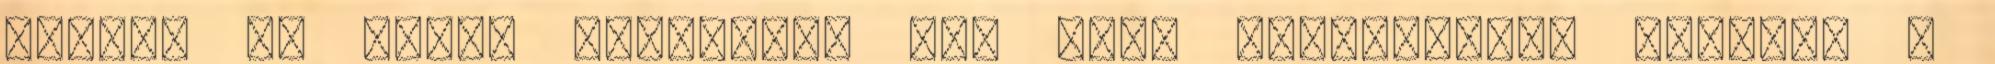
bejött az egész hangulata jól volt megcsinálva minden. A